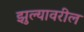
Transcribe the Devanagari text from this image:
झुल्यावरील